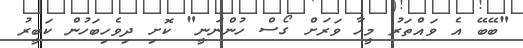
"ބޭބޭ އެ ވައްތަރު މީހާ ވަރަށް ގޯސް ހުންނަނީ" ކޮށި ދިވެހިބަހުން ކަބީރު